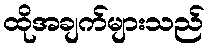
ထိုအချက်များသည်